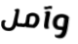
وآمل